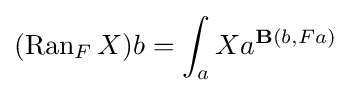
(\operatorname {Ran} _{F}X)b=\int _{a}Xa^{\mathbf {B} (b,Fa)}